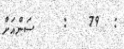
:  79   :    ސަންއަށް